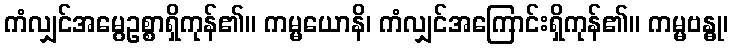
ကံလျှင်အမွေဥစ္စာရှိကုန်၏။ ကမ္မယောနိ၊ ကံလျှင်အကြောင်းရှိကုန်၏။ ကမ္မဗန္ဓု၊